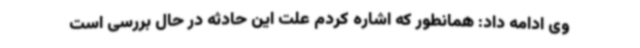
وی ادامه داد: همانطور که اشاره کردم علت این حادثه در حال بررسی است